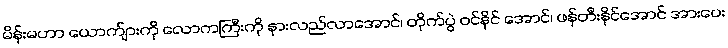
မိန်းမဟာ ယောက်ျားကို လောကကြီးကို နားလည်လာအောင်၊ တိုက်ပွဲ ဝင်နိုင် အောင်၊ ဖန်တီးနိုင်အောင် အားပေး